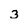
Character: 3